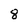
Character: 8